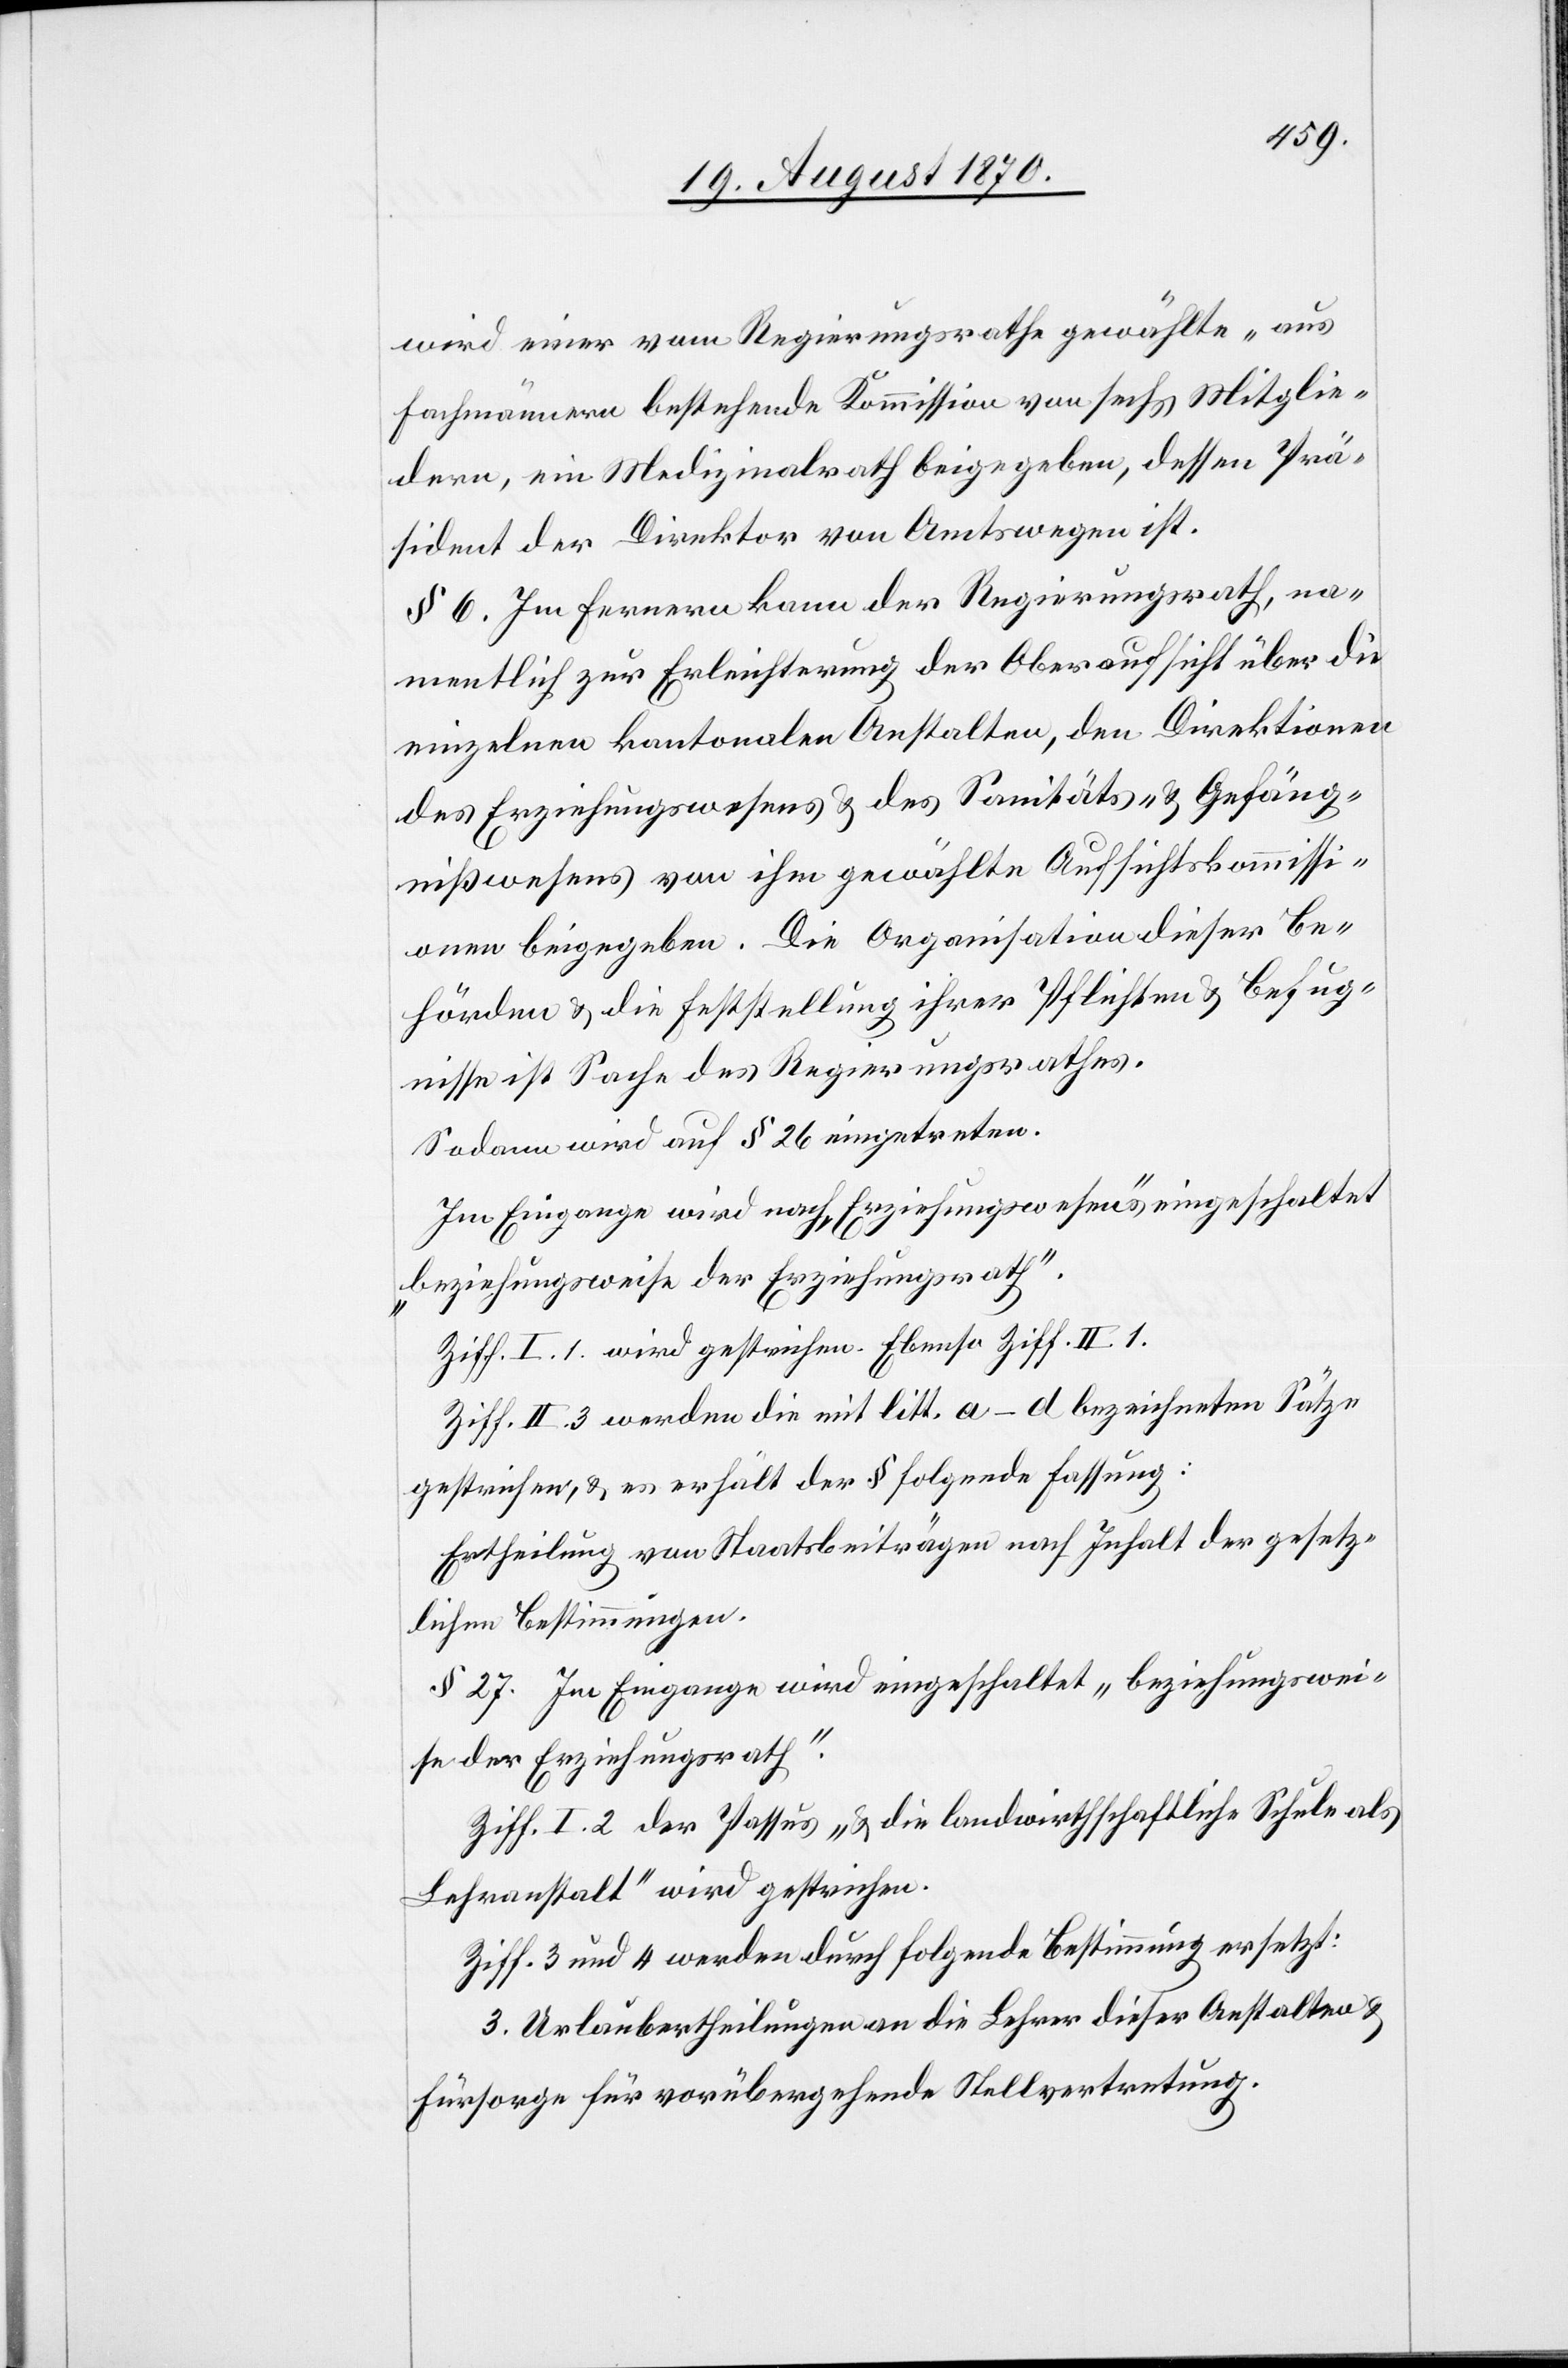
wird einer [sic!] vom Regierungsrathe gewählte „aus
Fachmännern bestehende Kommission von sechs Mitglie¬
dern, ein Medizinalrath[,] beigegeben, dessen Prä¬
sident der Direktor von Amtswegen ist.
§ 6. Im Fernern kann der Regierungsrath, na¬
mentlich zur Erleichterung der Oberaufsicht über die
einzelnen kantonalen Anstalten, den Direktionen
des Erziehungswesens & des Sanitäts- & Gefäng¬
nißwesens von ihm gewählte Aufsichtskommissi¬
on beigegeben [sic!]. Die Organisation dieser Be¬
hörden & die Feststellung ihrer Pflichten & Befug¬
nisse ist Sache des Regierungsrathes.
Sodann wird auf § 26 eingetreten.
Im Eingange wird nach „Erziehungswesens“ eingeschaltet
„beziehungsweise der Erziehungsrath“.
Ziff. I. 1. wird gestrichen. Ebenso Ziff. II. 1.
Ziff. II. 3 werden die mit litt. a–d bezeichneten Sätze
gestrichen, & es erhält der § folgende Fassung:
Ertheilung von Staatsbeiträgen nach Inhalt der gesetz¬
lichen Bestimmungen.
§ 27. Im Eingange wird eingeschaltet „beziehungswei¬
se der Erziehungsrath“.
Ziff. I. 2 der Passus „& die landwirthschaftliche Schule als
Lehranstalt“ wird gestrichen.
Ziff. 3 und 4 werden durch folgende Bestimmung ersetzt:
3. Urlaubertheilungen an die Lehrer dieser Anstalten &
Fürsorge für vorübergehende Stellvertretung.